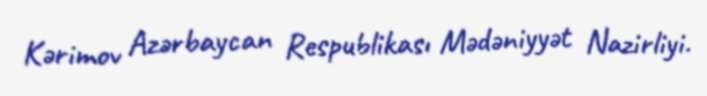
Kərimov Azərbaycan Respublikası Mədəniyyət Nazirliyi.